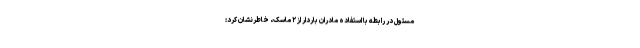
مسئول در رابطه با استفاده مادران باردار از ۲ ماسک، خاطرنشان کرد: